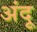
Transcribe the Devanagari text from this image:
अंदू